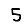
Digit: 5